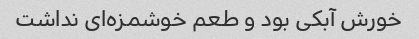
خورش آبکی بود و طعم خوشمزه‌ای نداشت